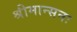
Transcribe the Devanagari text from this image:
श्रीमान्सनः